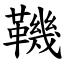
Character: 鞿